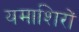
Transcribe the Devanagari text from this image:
यमाशिरों